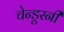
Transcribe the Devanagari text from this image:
चेन्डूरनी